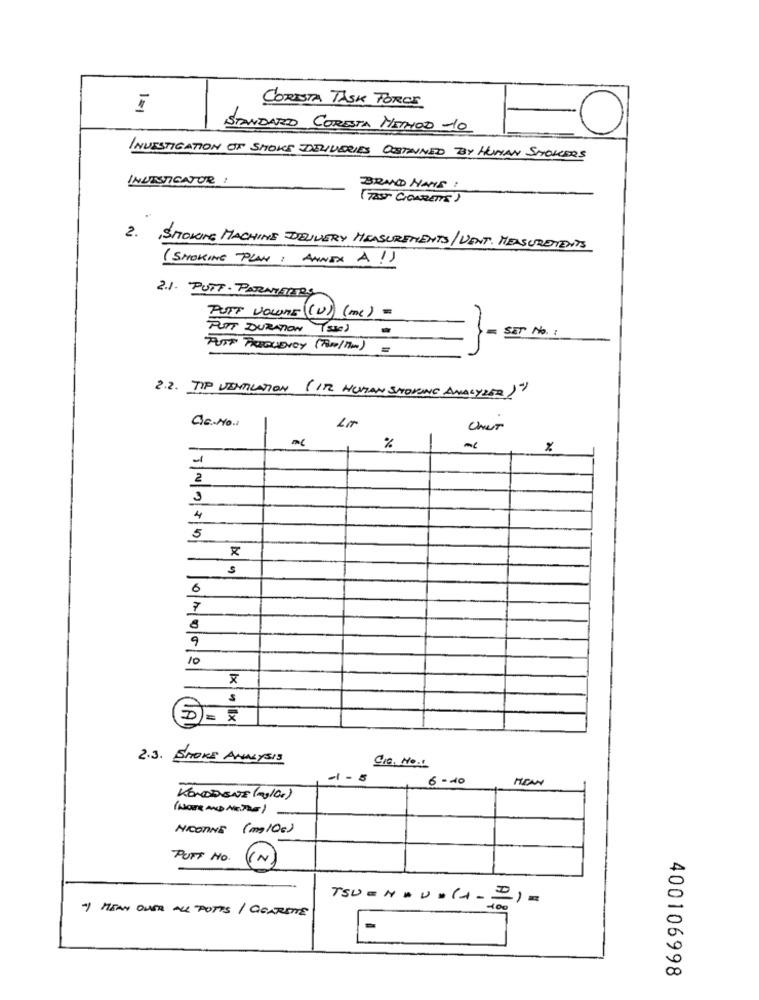
I
CORISTA TASK FORCE
STANDARD CORESTA METHOD -10
=0
INVESTIGATION OF SMOKE IDSQUERIES OBTAINED BY HUMAN SMOKERS
INVESTIGATOR :
BRAND NAME :
(TEST" CIGARETTE)
2. SMOKING MACHINE DELIVERY MEASUREMENTS/ VENT. MEASUREMENTS
( SMOKING PLAN : ANNEX A !)
2.1. PUTT . PARNIETOS
PUTT VOLUME(V) (mc) =
PUTT DURATION
= SET No. :
PUIT FREQUENCY (Am/ The) =
2.2. TIP VENTILATION
(IT HUMAN SMOKING ANALYZER)"
CE.No .:
Cher
%
%
2
3
4
5
6
7
9
10
S
D)= x
2.3. SMOKE ANALYSIS
SIG. No.1
6 -10
KONDDENTE (ag/00 )
(NOTE AND METRE)
NICOTINE (mg 10€)
PUFF NO.
(N)
TSU = N = U . (+ == )=
-I MEAN OVER ALL POTTS / CORRETTE
-
400106998